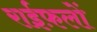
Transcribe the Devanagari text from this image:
राईफ़लों